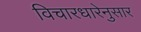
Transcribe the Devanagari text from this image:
विचारधारेनुसार